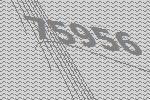
75956